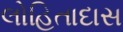
લોહિતાદાસ